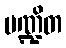
ပဏ္ဍိတ